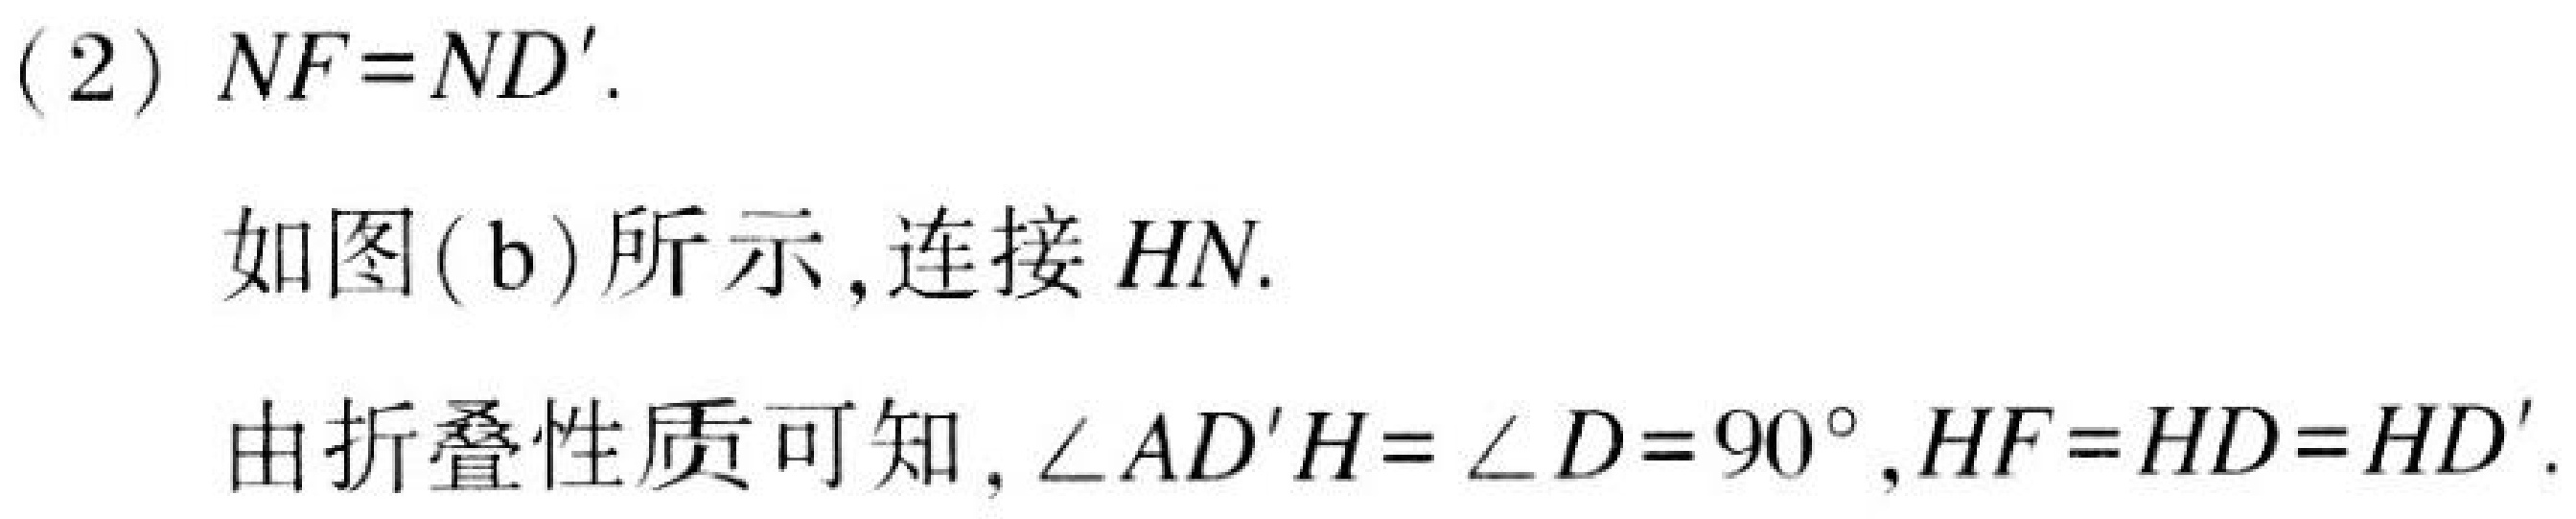
(2) \(NF = ND'\).

如图(b)所示,连接 \(HN\).

由折叠性质可知, \(\angle AD'H=\angle D = 90^{\circ},HF = HD=HD'\).